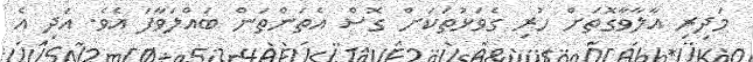
މަދިރި އާލާވާގޮތަށް ހުރި ގެވަޅުތަކަށް ގޮސް އެތަންތަން ބައްލަވާފަ އެވެ. އަދި އެ